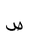
Letter: _sad